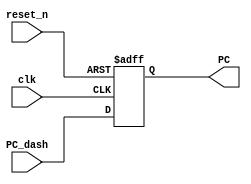
// Module Name: Program Counter
// Project Name: Mips Processor

module Program_Counter #(parameter n_bit=32)
(
  input clk,reset_n,
  input [n_bit-1 : 0] PC_dash,
  output [n_bit-1 : 0] PC

);
reg [n_bit-1 : 0] Q_reg,Q_next;

always @(posedge clk,negedge reset_n) 
begin
if (~reset_n) 
	begin
  	   Q_reg <= 'b0;
	end 
else 
	begin
  	   Q_reg <= Q_next;
	end
end

always @(*) 
begin
  Q_next = PC_dash;
end

assign PC = Q_reg;

endmodule